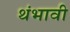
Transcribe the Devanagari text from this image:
थंभावी